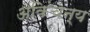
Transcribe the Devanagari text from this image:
अकिंचन्य